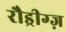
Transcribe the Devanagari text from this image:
रौड्रीग्ज़